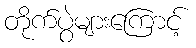
တိုက်ပွဲများကြောင့်